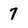
Character: 7